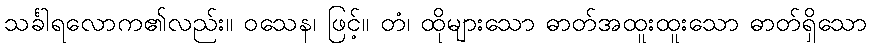
သင်္ခါရလောက၏လည်း။ ဝသေန၊ ဖြင့်။ တံ၊ ထိုများသော ဓာတ်အထူးထူးသော ဓာတ်ရှိသော